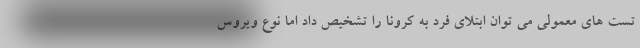
تست های معمولی می توان ابتلای فرد به کرونا را تشخیص داد اما نوع ویروس